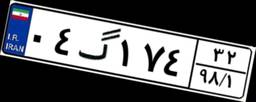
۰۴گ۱۷۴۳۲